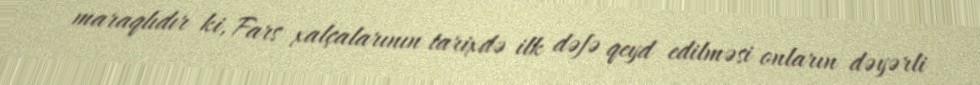
maraqlıdır ki, Fars xalçalarının tarixdə ilk dəfə qeyd edilməsi onların dəyərli